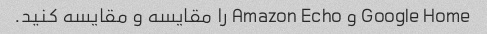
Google Home و Amazon Echo را مقایسه و مقایسه کنید.